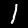
Digit: 1